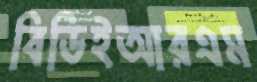
বিডিইআরএম